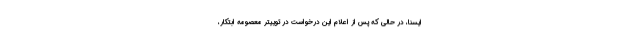
ایسنا، در حالی که پس از اعلام این درخواست در توییتر معصومه ابتکار،